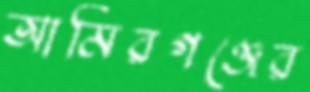
আমিরগঞ্জের